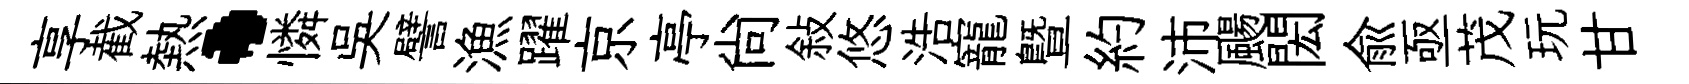
享截熱·憐吴譬漁躍京亭尙敍悠浩寵暨約沛颺閎兪亟茂玩甘